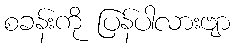
စခန်းကို ပြန်ပါလားဗျာ